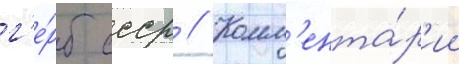
г'е́рб ссср // Комм'ента́р'ии